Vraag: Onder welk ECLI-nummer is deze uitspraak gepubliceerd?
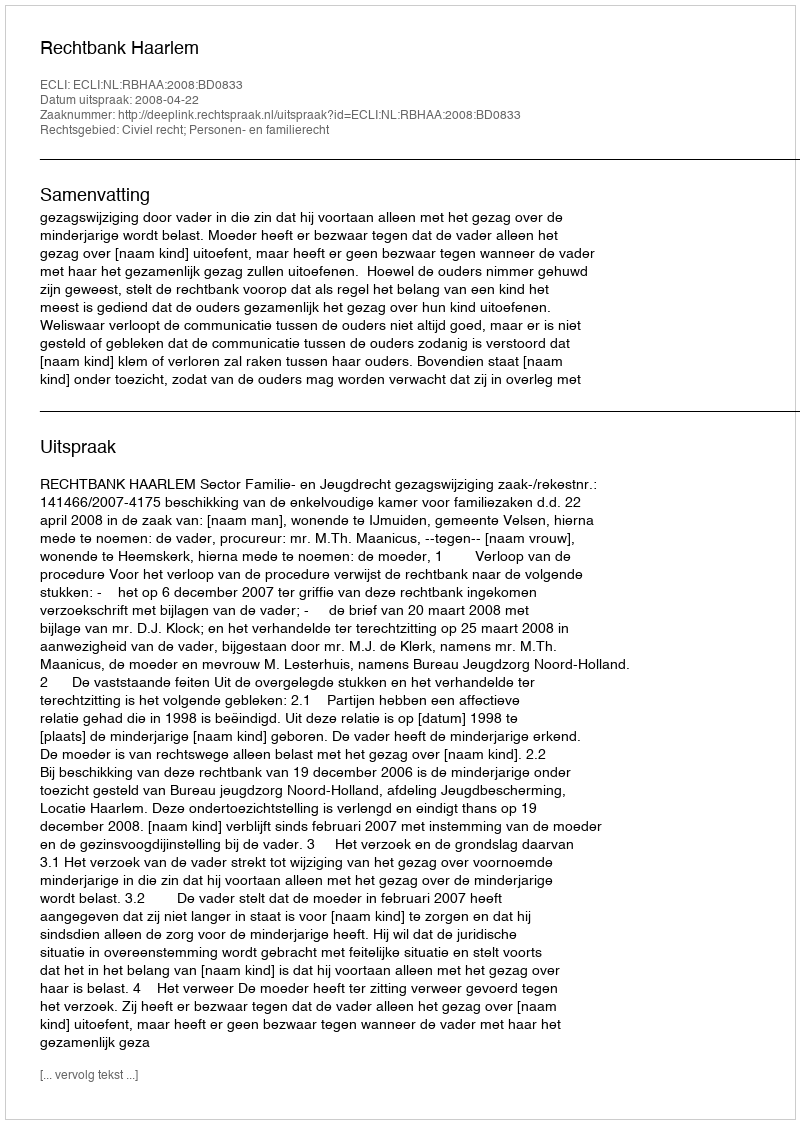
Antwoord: ECLI:NL:RBHAA:2008:BD0833